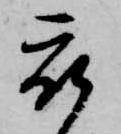
被